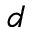
^ d